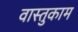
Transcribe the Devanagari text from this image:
वास्तुकाम